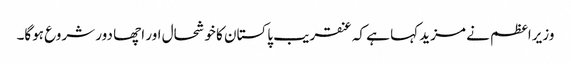
وزیراعظم نے مزید کہا ہے کہ عنقریب پاکستان کا خوشحال اور اچھا دور شروع ہوگا۔